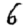
Digit: 6